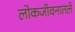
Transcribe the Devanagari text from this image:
लोकजीवनातले